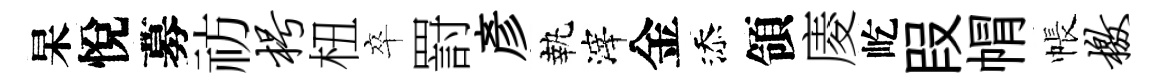
杲悅募祊枵杻卒罸彥執滓金添領庱屹叚㡌帳檄